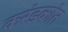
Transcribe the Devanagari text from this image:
करंडकांत